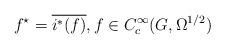
\begin{align*} f^\star = \overline{i^*(f)},f\in C^\infty_c(G,\Omega^{1/2})\end{align*}